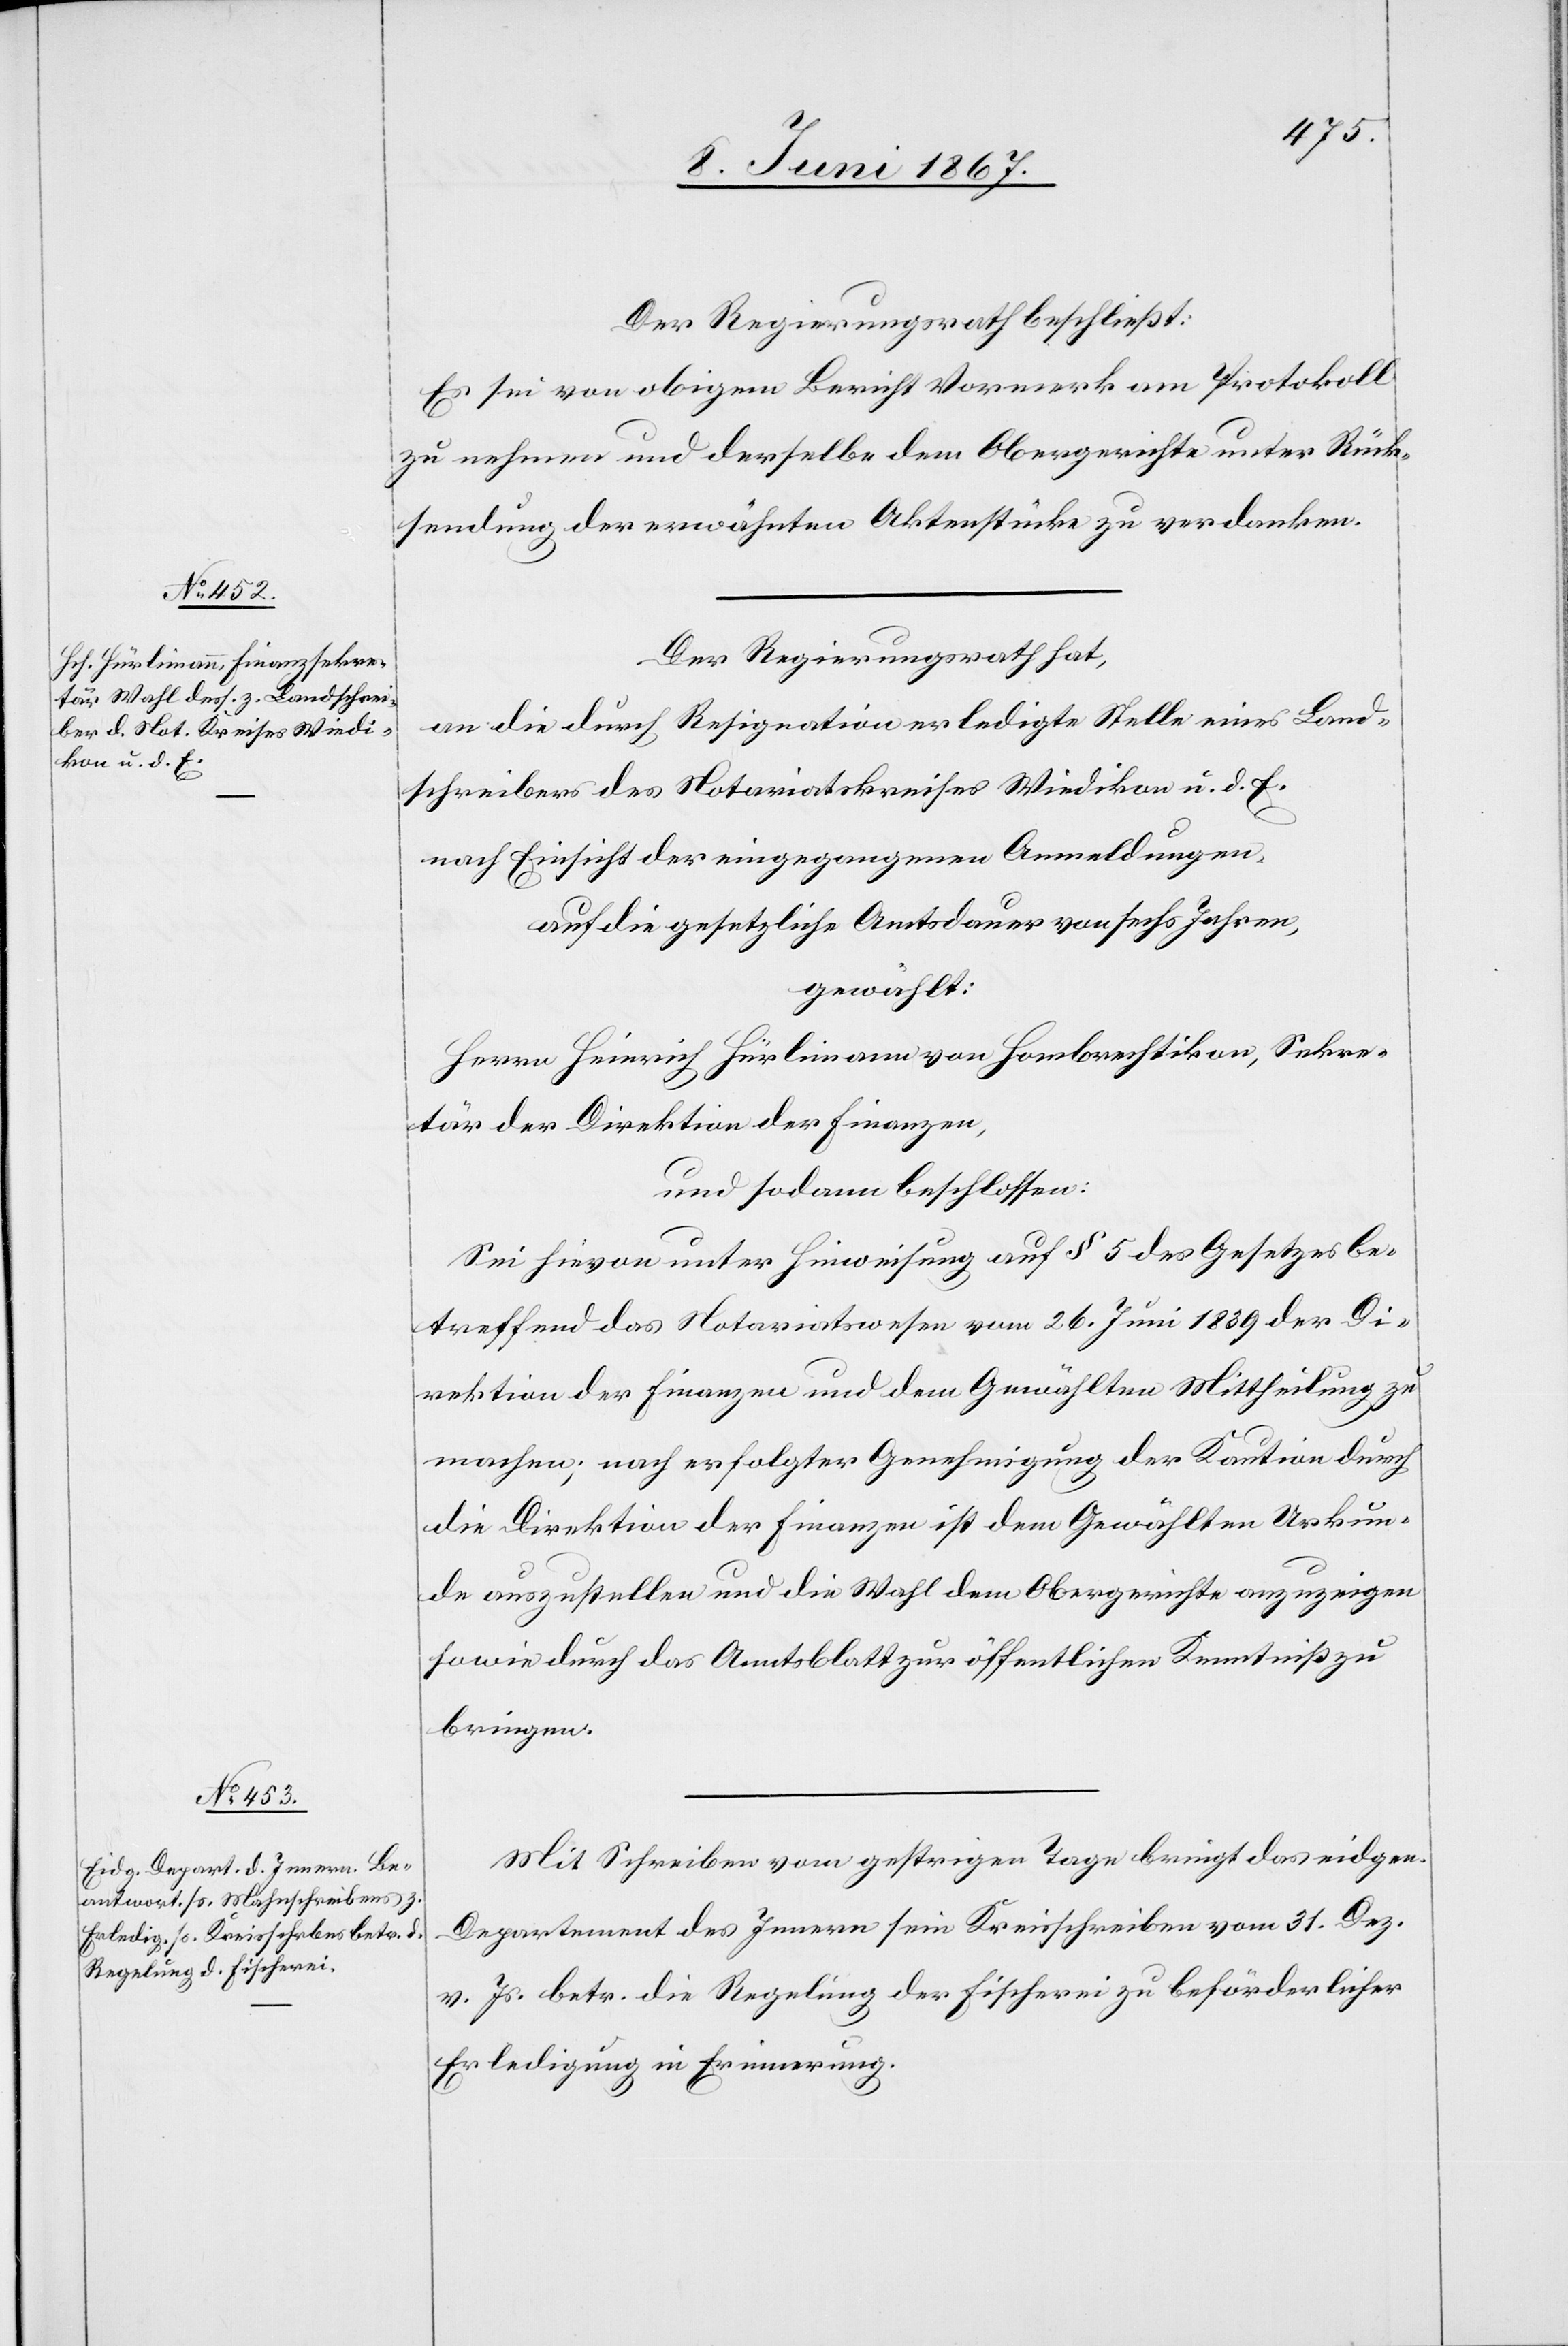
Der Regierungsrath beschließt:
Es sei von obigem Bericht Vormerk am Protokoll
zu nehmen und derselbe dem Obergerichte unter Rück¬
sendung der erwähnten Aktenstücke zu verdanken.
Der Regierungsrath hat,
an die durch Resignation erledigte Stelle eines Land¬
schreibers des Notariatskreises Wiedikon u. d. E.
nach Einsicht der eingegangenen Anmeldungen,
auf die gesetzliche Amtsdauer von sechs Jahren,
gewählt:
Herr Heinrich Hürlimann von Hombrechtikon, Sekre¬
tär der Direktion der Finanzen,
und sodann beschlossen:
Sei hievon unter Hinweisung auf § 5 des Gesetzes be¬
treffend das Notariatswesen vom 26. Juni 1839 der Di¬
rektion der Finanzen und dem Gewählten Mittheilung zu
machen; nach erfolgter Genehmigung der Kaution durch
die Direktion der Finanzen ist dem gewählten Urkun¬
de auszustellen und die Wahl dem Obergerichte anzuzeigen
sowie durch das Amtsblatt zur öffentlichen Kenntniß zu
bringen.
Mit Schreiben vom gestrigen Tage bringt das eidgen.
Departement des Innern sein Kreisschreiben vom 31. Dez.
v. Js. betr. die Regelung der Fischerei zu beförderlicher
Erledigung in Erinnerung.